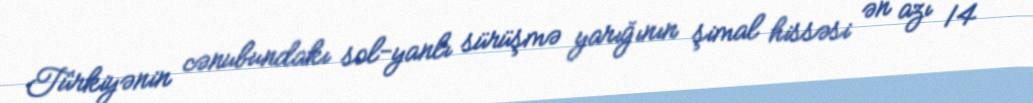
Türkiyənin cənubundakı sol-yanlı sürüşmə yarığının şimal hissəsi ən azı 14